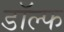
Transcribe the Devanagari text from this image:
डॉल्फ